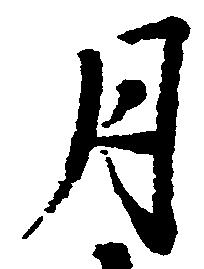
月